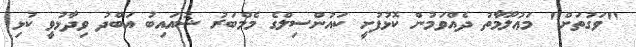
"ވަގުތަށް" މަޢުލޫމާތު ދެއްވަމުން ކޮޅުފުށީ ކައުންސިލްގެ މެމްބަރު ޝުއައިބު އަބްދު ވިދާޅުވީ ކުޅި